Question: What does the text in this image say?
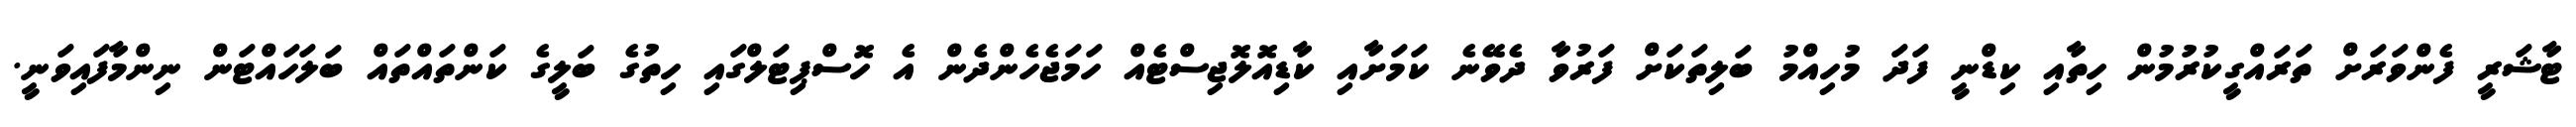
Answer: ޓާޝަރީ ފެންވަރަށް ތަރައްގީކުރުމުން ހިތާއި ކިޑްނީ ފަދަ މުހިއްމު ބަލިތަކަށް ފަރުވާ ދެވޭނެ ކަމަށާއި ކާޑިއޮލޮޖިސްޓެއް ހަމަޖެހެންދެން އެ ހޮސްޕިޓަލްގައި ހިތުގެ ބަލީގެ ކަންތައްތައް ބަލަހައްޓަން ނިންމާފައިވަނީ.